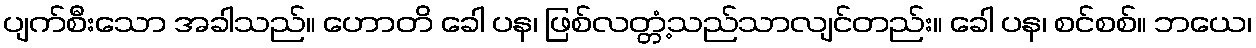
ပျက်စီးသော အခါသည်။ ဟောတိ ခေါ ပန၊ ဖြစ်လတ္တံ့သည်သာလျင်တည်း။ ခေါ ပန၊ စင်စစ်။ ဘယေ၊